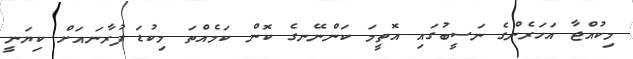
މިކުއްޖާ އަހަރެންގެ ނަސީބުގައި އޮތީމަ ކަންނޭނގެ ކޮން ކަމެއްތަ މިކުޑަ ފުރާނައަށް ކިޔަނީ